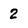
Character: 2